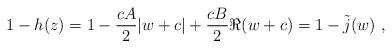
LaTeX: \begin{align*}1-h(z)=1-\frac{cA}{2}|w+c|+\frac{cB}{2}\Re(w+c)=1-\tilde{j}(w)\ ,\end{align*}